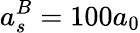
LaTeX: a_{s}^{B}=100a_{0}